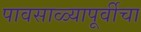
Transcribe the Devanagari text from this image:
पावसाळ्यापूर्वीचा